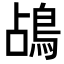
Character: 𪀄